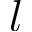
l